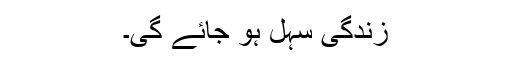
زندگی سہل ہو جائے گی۔